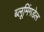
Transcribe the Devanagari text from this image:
ब्लूमिंगडेल